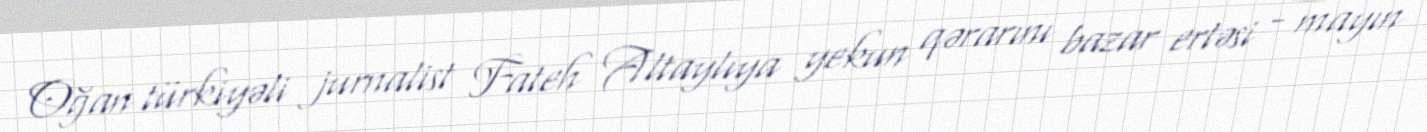
Oğan türkiyəli jurnalist Fateh Altaylıya yekun qərarını bazar ertəsi - mayın